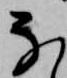
な